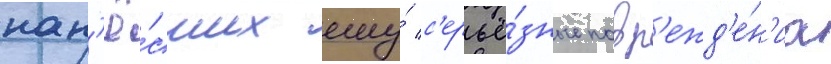
нан'ё́сших ему́ с'ерьё́зные повр'ежд'е́н'иа